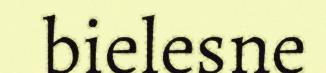
bielesne